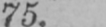
75.